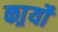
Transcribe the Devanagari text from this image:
कार्र्यों